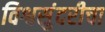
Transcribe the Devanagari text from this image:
विश्वसुंदरीचा